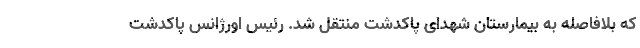
که بلافاصله به بیمارستان شهدای پاکدشت منتقل شد. رئیس اورژانس پاکدشت